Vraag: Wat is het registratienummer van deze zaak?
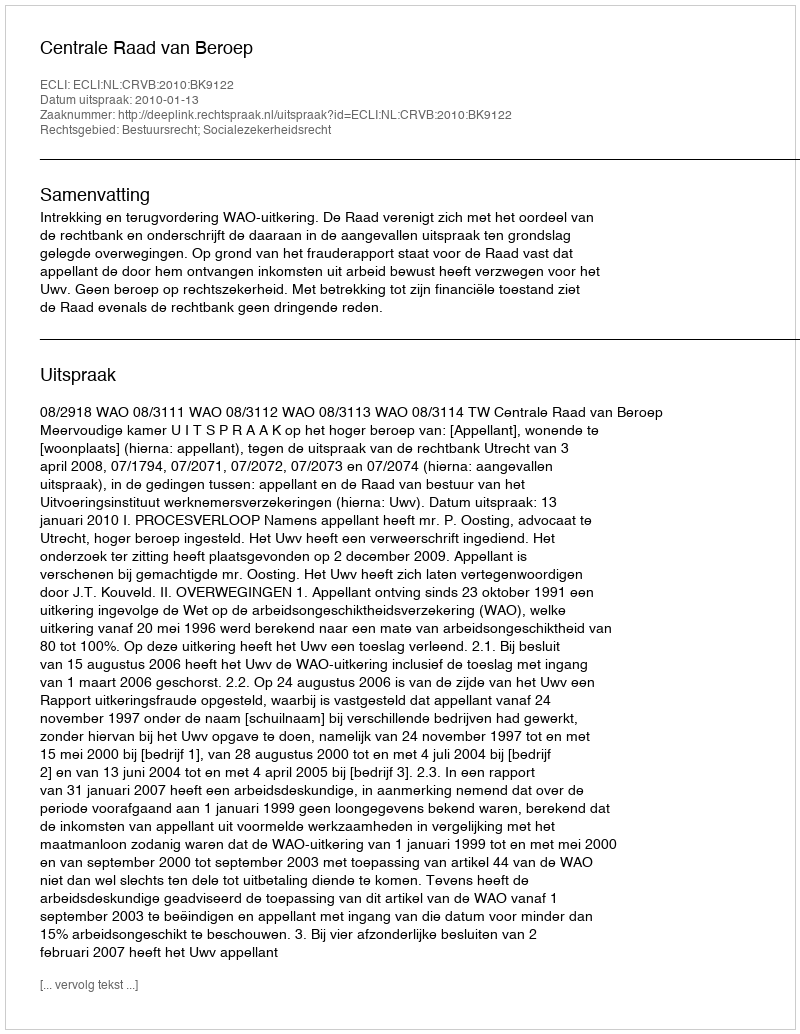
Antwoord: http://deeplink.rechtspraak.nl/uitspraak?id=ECLI:NL:CRVB:2010:BK9122